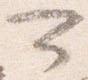
可